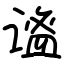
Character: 谧